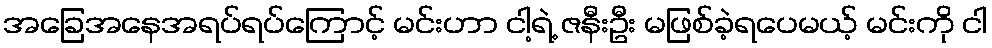
အခြေအနေအရပ်ရပ်ကြောင့် မင်းဟာ ငါ့ရဲ့ ဇနီးဦး မဖြစ်ခဲ့ရပေမယ့် မင်းကို ငါ